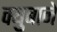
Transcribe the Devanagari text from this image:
क्युबाने